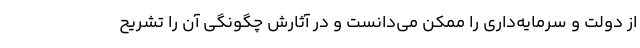
از دولت و سرمایه‌داری را ممکن می‌دانست و در آثارش چگونگی آن را تشریح